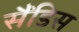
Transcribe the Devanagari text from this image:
सैंडिस